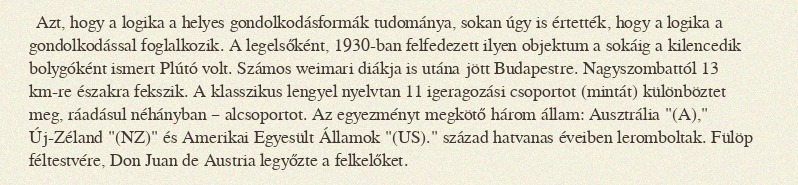
Azt, hogy a logika a helyes gondolkodásformák tudománya, sokan úgy is értették, hogy a logika a gondolkodással foglalkozik. A legelsőként, 1930-ban felfedezett ilyen objektum a sokáig a kilencedik bolygóként ismert Plútó volt. Számos weimari diákja is utána jött Budapestre. Nagyszombattól 13 km-re északra fekszik. A klasszikus lengyel nyelvtan 11 igeragozási csoportot (mintát) különböztet meg, ráadásul néhányban – alcsoportot. Az egyezményt megkötő három állam: Ausztrália "(A)," Új-Zéland "(NZ)" és Amerikai Egyesült Államok "(US)." század hatvanas éveiben leromboltak. Fülöp féltestvére, Don Juan de Austria legyőzte a felkelőket.